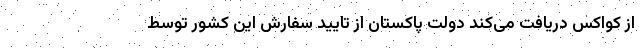
از کواکس دریافت می‌کند دولت پاکستان از تایید سفارش این کشور توسط